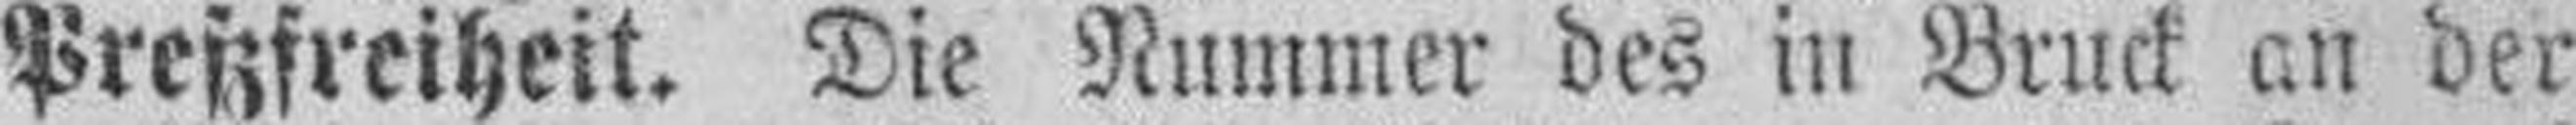
Preßfreiheit. Die Nummer des in Bruck an der